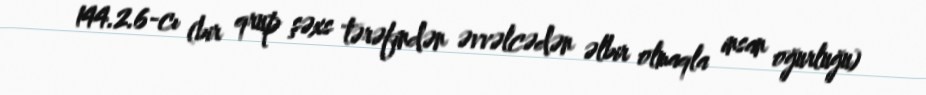
144.2.6-cı (bir qrup şəxs tərəfindən əvvəlcədən əlbir olmaqla insan oğurluğu)